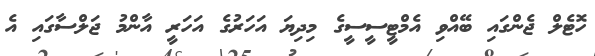
ހޮޓެލް ޖެންގައި ބޭއްވި އެމްޓީސީސީގެ މިދިޔަ އަހަރުގެ އަހަރީ އާންމު ޖަލްސާގައި އެ